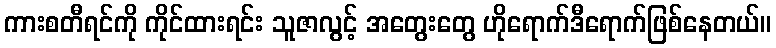
ကားစတီရင်ကို ကိုင်ထားရင်း သူဇာလွင့် အတွေးတွေ ဟိုရောက်ဒီရောက်ဖြစ်နေတယ်။